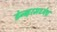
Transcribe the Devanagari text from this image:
डेन्व्हरमध्येच